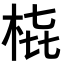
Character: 𭩳